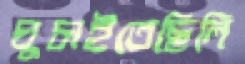
ঘুচাইতেছিলি